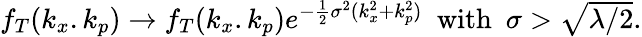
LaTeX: \begin{array}{r}{f_{T}(k_{x}.k_{p})\rightarrow f_{T}(k_{x}.k_{p})e^{-\frac{1}{2}\sigma^{2}(k_{x}^{2}+k_{p}^{2})}\ \ \mathrm{with}\ \ \sigma>\sqrt{{\lambda}/{2}}.}\end{array}